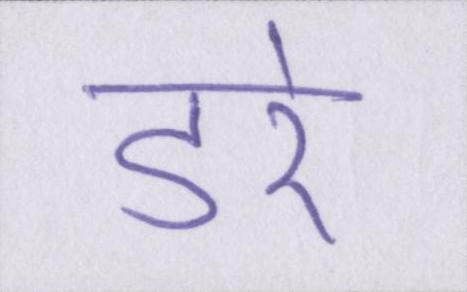
डरे